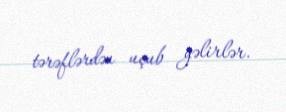
tərəflərdən uçub gəlirlər.